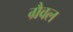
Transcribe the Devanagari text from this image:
ग्रैवल